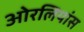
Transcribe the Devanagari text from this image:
ओरलियांस